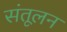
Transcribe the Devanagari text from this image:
संतूलन